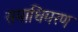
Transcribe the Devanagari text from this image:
समाधिमरण